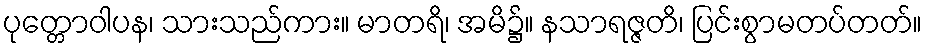
ပုတ္တောဝါပန၊ သားသည်ကား။ မာတရိ၊ အမိ၌။ နသာရဇ္ဇတိ၊ ပြင်းစွာမတပ်တတ်။